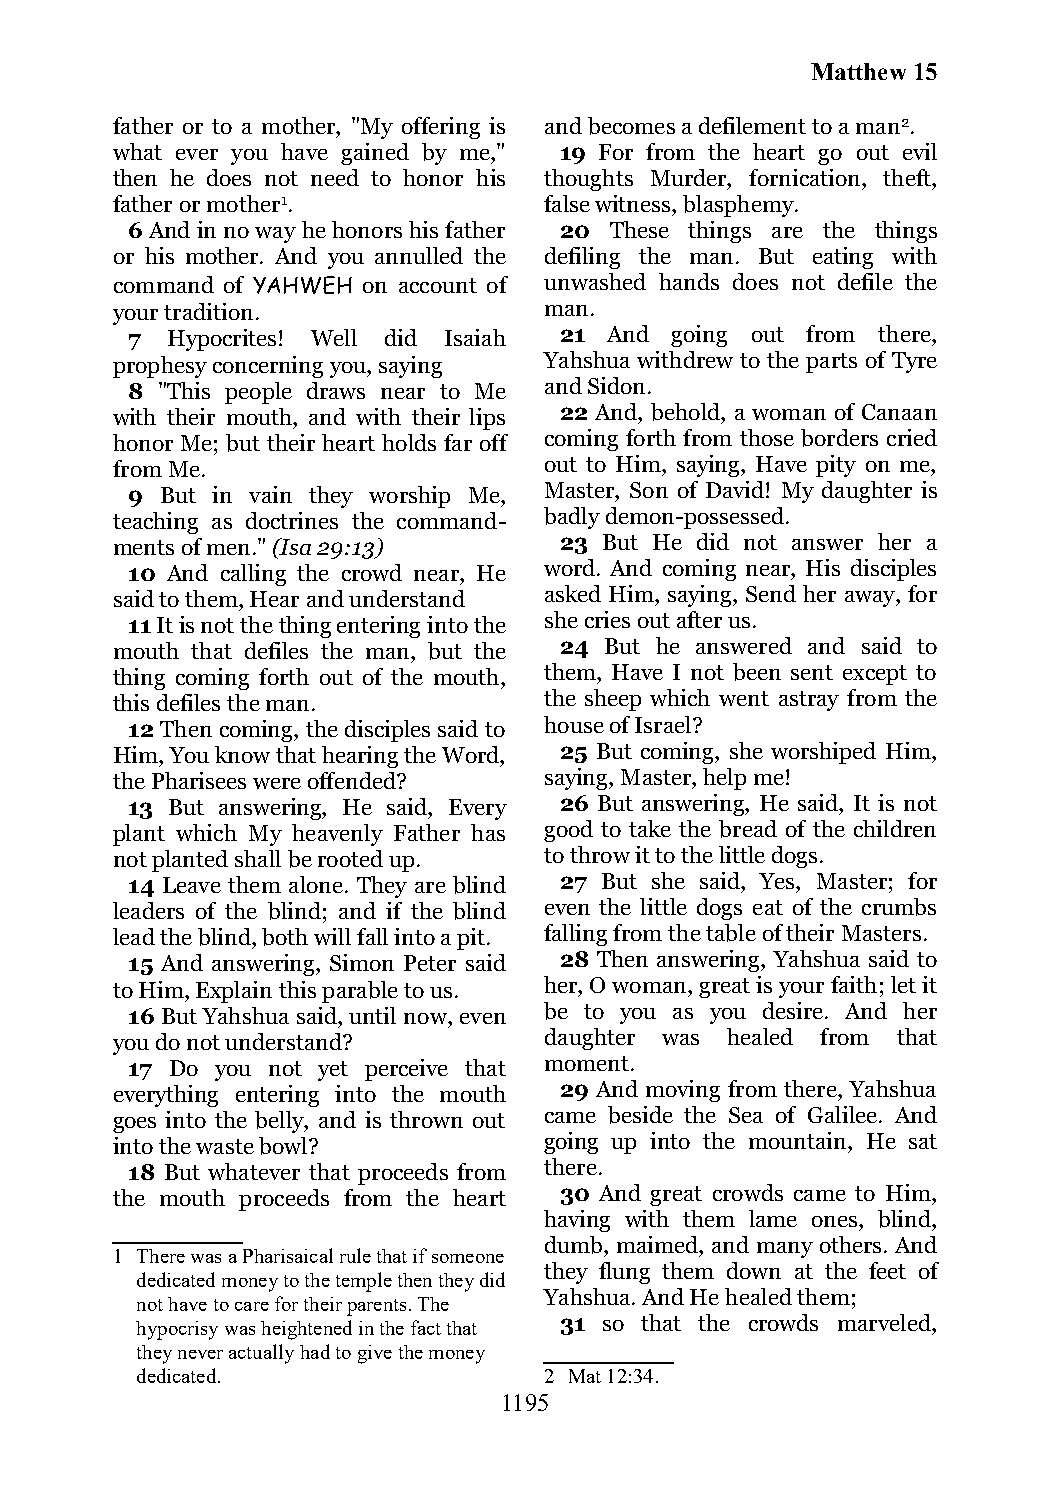
Matthew 15
 father or to a mother, "My offering is and becomes a defilement to a man2.
 what ever you have gained by me," 19 For from the heart go out evil
 then he does not need to honor his thoughts Murder, fornication, theft,
 father or mother1.           false witness, blasphemy.
 6 And in no way he honors his father 20 These things are the things
 or his mother. And you annulled the defiling the man. But eating with
 command of YAHWEH on account of unwashed hands does not defile the
 your tradition.              man.
 7  Hypocrites! Well did Isaiah 21 And going out from there,
 prophesy concerning you, saying Yahshua withdrew to the parts of Tyre
 8 "This people draws near to Me and Sidon.
 with their mouth, and with their lips 22 And, behold, a woman of Canaan
 honor Me; but their heart holds far off coming forth from those borders cried
 from Me.                     out to Him, saying, Have pity on me,
 9  But in vain they worship Me, Master, Son of David! My daughter is
 teaching as doctrines the command- badly demon-possessed.
 ments of men." (Isa 29:13)    23 But He did not answer her a
 10 And calling the crowd near, He word. And coming near, His disciples
 said to them, Hear and understand asked Him, saying, Send her away, for
 11 It is not the thing entering into the she cries out after us.
 mouth that defiles the man, but the 24 But he answered and said to
 thing coming forth out of the mouth, them, Have I not been sent except to
 this defiles the man.        the sheep which went astray from the
 12 Then coming, the disciples said to house of Israel?
 Him, You know that hearing the Word, 25 But coming, she worshiped Him,
 the Pharisees were offended? saying, Master, help me!
 13 But answering, He said, Every 26 But answering, He said, It is not
 plant which My heavenly Father has good to take the bread of the children
 not planted shall be rooted up. to throw it to the little dogs.
 14 Leave them alone. They are blind 27 But she said, Yes, Master; for
 leaders of the blind; and if the blind even the little dogs eat of the crumbs
 lead the blind, both will fall into a pit. falling from the table of their Masters.
 15 And answering, Simon Peter said 28 Then answering, Yahshua said to
 to Him, Explain this parable to us. her, O woman, great is your faith; let it
 16 But Yahshua said, until now, even be to you as you desire. And her
 you do not understand?       daughter was healed from that
 17 Do you not yet perceive that moment.
 everything entering into the mouth 29 And moving from there, Yahshua
 goes into the belly, and is thrown out came beside the Sea of Galilee. And
 into the waste bowl?         going up into the mountain, He sat
 18 But whatever that proceeds from there.
 the mouth proceeds from the heart 30 And great crowds came to Him,
 having with them lame ones, blind,
 dumb, maimed, and many others. And
 1 There was a Pharisaical rule that if someone
 they flung them down at the feet of
 dedicated money to the temple then they did
 Yahshua. And He healed them;
 not have to care for their parents. The
 hypocrisy was heightened in the fact that 31 so that the crowds marveled,
 they never actually had to give the money
 dedicated.                 2 Mat 12:34.
 1195